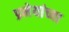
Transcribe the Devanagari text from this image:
प्रमेयांच्या